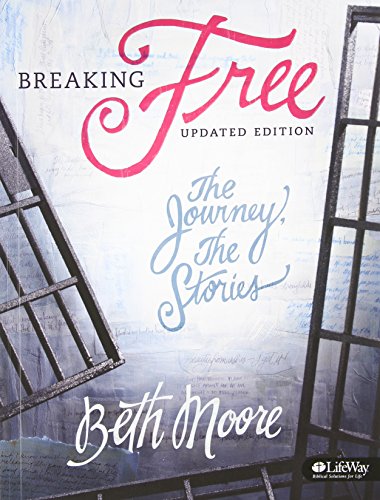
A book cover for Breaking Free (Bible Study Book): The Journey, The Stories; Beth Moore; Christian Books & Bibles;